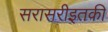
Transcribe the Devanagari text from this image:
सरासरीइतकी